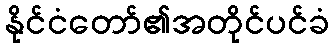
နိုင်ငံတော်၏အတိုင်ပင်ခံ